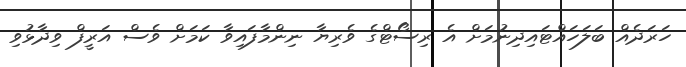
ހަރަދެއް ބަލަހައްޓައިދިނުމަށް އެ ރިސޯޓްގެ ވެރިޔާ ނިންމާފައިވާ ކަމަށް ވެސް އަރީފް ވިދާޅުވި